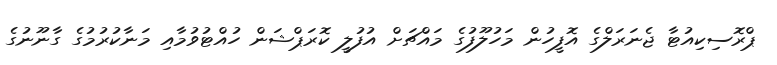
ޕްރޮސިކިއުޓާ ޖެނަރަލްގެ އޮފީހުން މަހުލޫފުގެ މައްޗަށް އުފުލީ ކޮރަޕްޝަން ހުއްޓުވުމާއި މަނާކުރުމުގެ ގާނޫނުގެ